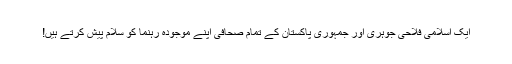
ایک اسلامی فلاحی جوہری اور جمہوری پاکستان کے تمام صحافی اپنے موجودہ رہنما کو سلام پیش کرتے ہیں!